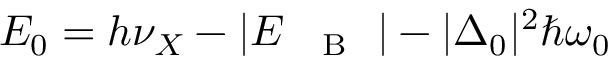
E _ { 0 } = h \nu _ { X } - | E _ { \mathrm { ~ \textsc ~ { ~ B ~ } ~ } } | - | \Delta _ { 0 } | ^ { 2 } \hbar \omega _ { 0 }